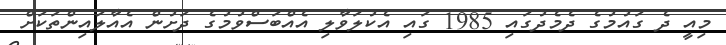
މިއީ ދެ ގައުމުގެ ދެމެދުގައި 1985 ގައި އެކުލަވާލި އެއްބަސްވުމުގެ ދަށުން އެއާލައިންތަކަށް